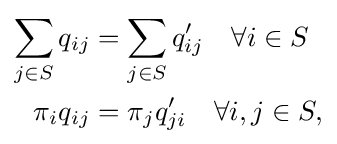
{\begin{aligned}\sum _{j\in S}q_{ij}&=\sum _{j\in S}q'_{ij}\quad \forall i\in S\\\pi _{i}q_{ij}&=\pi _{j}q_{ji}'\quad \forall i,j\in S,\end{aligned}}